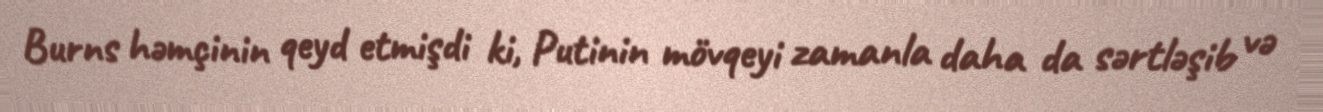
Burns həmçinin qeyd etmişdi ki, Putinin mövqeyi zamanla daha da sərtləşib və